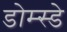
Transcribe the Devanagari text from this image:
डोम्स्डे